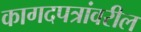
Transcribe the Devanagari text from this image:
कागदपत्रांवरील